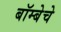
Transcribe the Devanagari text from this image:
बॉम्बेचे